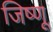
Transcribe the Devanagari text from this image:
जिष्णू